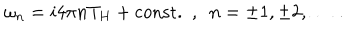
LaTeX: \omega _ { n } = i 4 \pi n T _ { H } + \mathrm { c o n s t . } \ \ , \ \ n = \pm 1 , \pm 2 , \ldots \ .